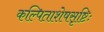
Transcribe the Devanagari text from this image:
कल्पिताशेषसृष्टिः